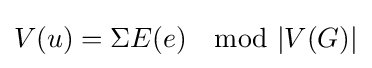
V(u)=\Sigma E(e)\mod |V(G)|